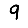
Digit: 9